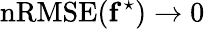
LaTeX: \mathrm{nRMSE}(\mathbf{f}^{\star})\rightarrow 0